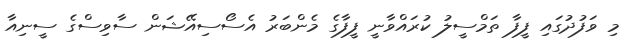
މި ވަފުދުގައި ފީފާ ތަމްސީލު ކުރައްވާނީ ފީފާގެ މެންބަރު އެސޯސިއޭޝަން ސާވިސްގެ ސީނިއާ